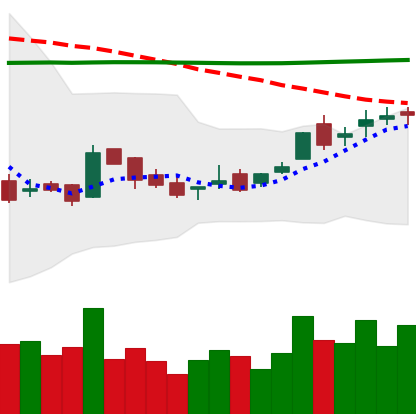
Ticker: LTC-USD
Chart end date: 2016-02-19
Forward return: 3.753%
Label: up_3_5